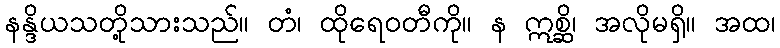
နန္ဒိယသတို့သားသည်။ တံ၊ ထိုရေဝတီကို။ န ဣစ္ဆိ၊ အလိုမရှိ။ အထ၊